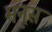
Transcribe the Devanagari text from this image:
मनूस